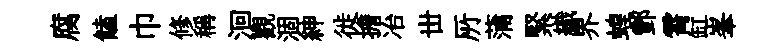
腐饁巾修稱洄觀涸紳徙擔冶丗𠩄蒲緊織界蝗酆霄缸峯